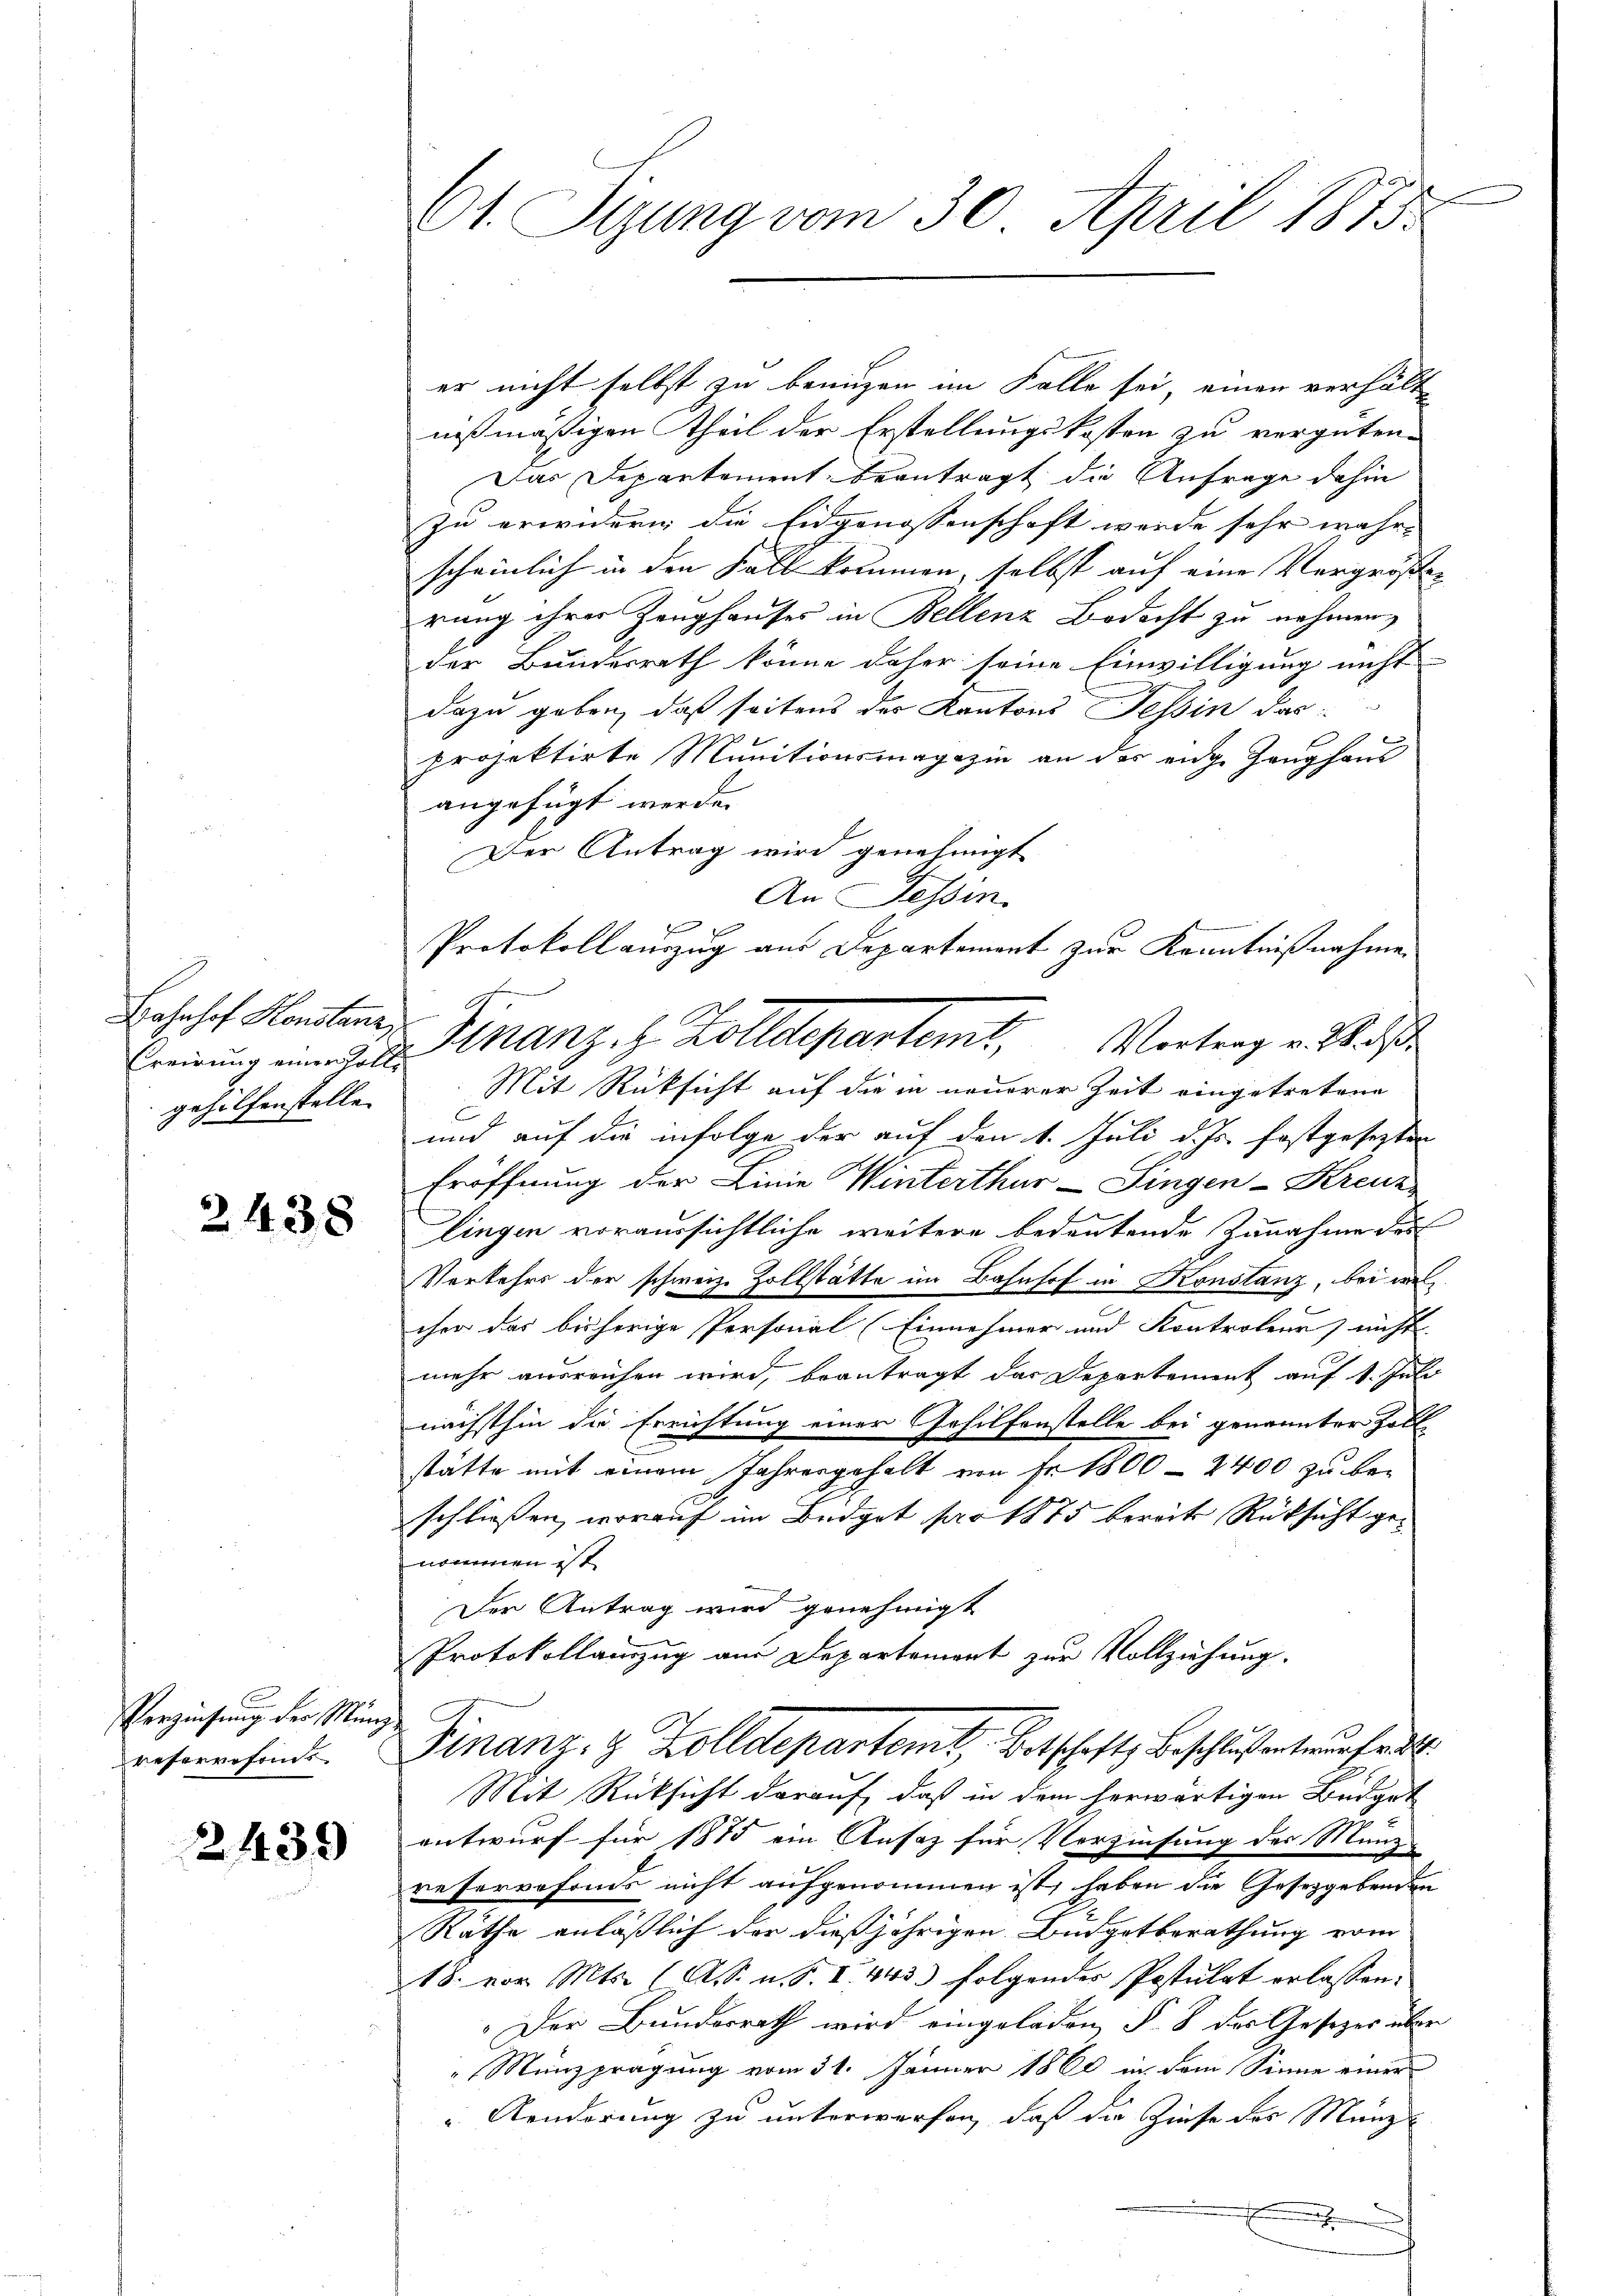
Bahnhof Konstanz,
geholfenstelle.

2438

Verziehung der Münz
reservefonds

2439

61. Sizung vom 30. April 1813.

er nicht selbst zu benuzen im Falle sei, einen verhält
nißmäßigen Theil der Erstellungskosten zu vergüten.
Das Departement beantragt die Anfrage dahin
zu erwidern die Eidgenossenschaft werde sehr wahr- |
scheinlich in den Fall kommen, selbst auf eine Vergrößer
rung ihrer Zeughauses in Bellenz Bedacht zu nehmen,
der Bundesrath könne daher seine Einwilligung nicht
dazu geben, daß seitens der Kantons Tessin das
projektirte Munitionsmagazin an der enge Zeughaus
angefügt werde.
Der Antrag wird genehmigt
Mit Rücksicht auf die in neuerer Zeit eingetretene
und auf die infolge der auf den 1. Juli d. Js. festgesezten
Eröffnung der Linie Winterthur–Singen-Kreuz
lingen voraussichtliche weitere bedeutende Zunahme des
Verkehrs der schweiz. Zollstätte im Bahnhof in Konstanz, bei wel¬
 x
cher das bisherige Personal (Einnehmer und Kontroleur nicht
mehr ausreichen wird, beantragt das Departement auf 1. Juli
nächsthin die Errichtung einer Gehilfenstelle bei genannter Zoll-
stätte mit einem Jahresgehalt von Fr. 1800 - 2400 zu beschliessen, worauf im Budget par 1875 bereits Rücksicht genommen ist.
Der Antrag wird genehmigt
Protokollamzug aus Departement zur Vollziehung.
Finanz- & Zolldepartemt, Betschaft, Beschluß entwurf au
Mit Rücksicht darauf, daß in dem herwärtigen Budget
entwurf für 1875 ein Ansatz für Verzinsung des Münz-
reservefonds nicht aufgenommen ist, haben die Gesetzgebenden
Räthe anläßlich der dießjährigen Budgetberathung vom
18. vor. Mts. (A. n. F. I. 443 folgender Postulat erlassen.
Der Bundesrath wird eingeladen §. 8 des Gesezes über
" Münzprägung vom 31. Jänner 1860 in dem Sinne einer
Aonderung zu unterwerfen, daß die Zinse des Münz

h

g

An Sessen.
Protokoll auszug aus Departement zur Kenntnißnahme
Ereigung eine Lobl. Kanz. Z. Zolldepartemt. Vortrag v. Straße